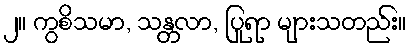
၂။ ကွစိသမာ, သန္တလာ, ပြုရာ များသတည်း။